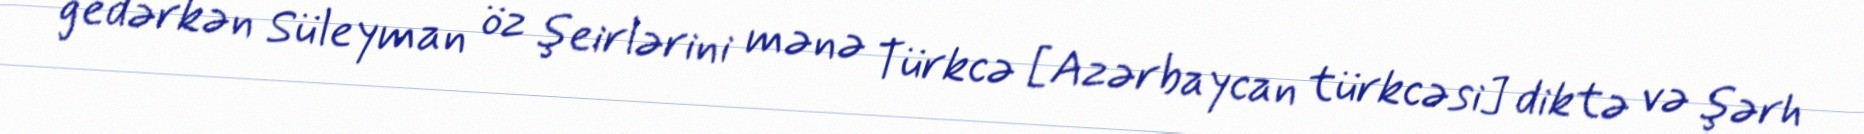
gedərkən Süleyman öz şeirlərini mənə Türkcə [Azərbaycan türkcəsi] diktə və şərh